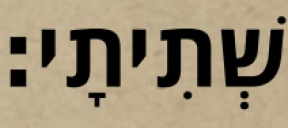
שְׁתִיתָי׃